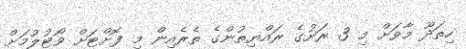
ހިތަދޫ މާވަށް މި 3 ރަށުގެ ރައްޔިތުންގެ ތެރެއިން މި ފޮށްޓަށް ވޯޓުލުމަށް